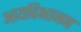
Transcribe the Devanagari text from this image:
आयविभाजन